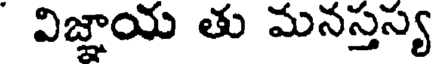
విజ్ఞాయ తు మనస్తస్య